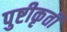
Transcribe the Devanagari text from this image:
पुष्टीकृती